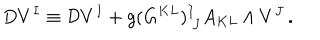
LaTeX: D V ^ { I } \equiv { \cal D } V ^ { I } + g ( G ^ { K L } ) _ { ~ J } ^ { I } A _ { K L } \wedge V ^ { J } \, .